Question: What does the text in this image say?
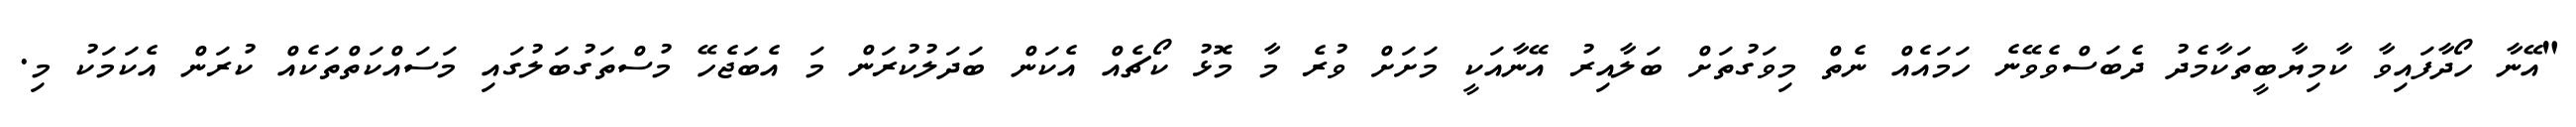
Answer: "އޭނާ ހޯދާފައިވާ ކާމިޔާބީތަކާމެދު ދެބަސްވެވޭނެ ހަމައެއް ނެތް މިވަގުތަށް ބަލާއިރު އޭނާއަކީ މަށަށް ވުރެ މާ މޮޅު ކޯޗެއް އެކަން ބަދަލުކުރަން މަ އެބަޖެހޭ މުސްތަގުބަލުގައި މަސައްކަތްތަކެއް ކުރަން އެކަމަކު މި.